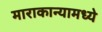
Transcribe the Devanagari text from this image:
माराकान्यामध्ये